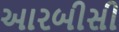
આરબીસી